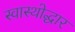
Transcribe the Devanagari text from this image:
स्वास्थोद्धार